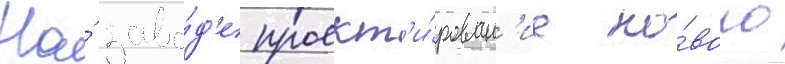
На́ заво́д'е проект'и́рован'ие но́вого